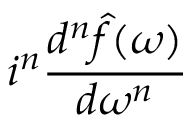
i ^ { n } { \frac { d ^ { n } { \hat { f } } ( \omega ) } { d \omega ^ { n } } }